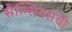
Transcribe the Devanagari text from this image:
सेल्सियसची